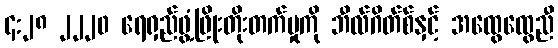
၄:၂၈ ၂၂၂၀ ရေရှည်ဖွံ့ဖြိုးတိုးတက်မှုကို ဘီလ်ဂိတ်စ်နှင့် အထွေထွေညီ